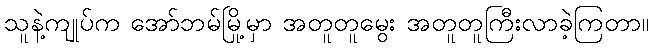
သူနဲ့ကျုပ်က အော်ဘမ်မြို့မှာ အတူတူမွေး အတူတူကြီးလာခဲ့ကြတာ။